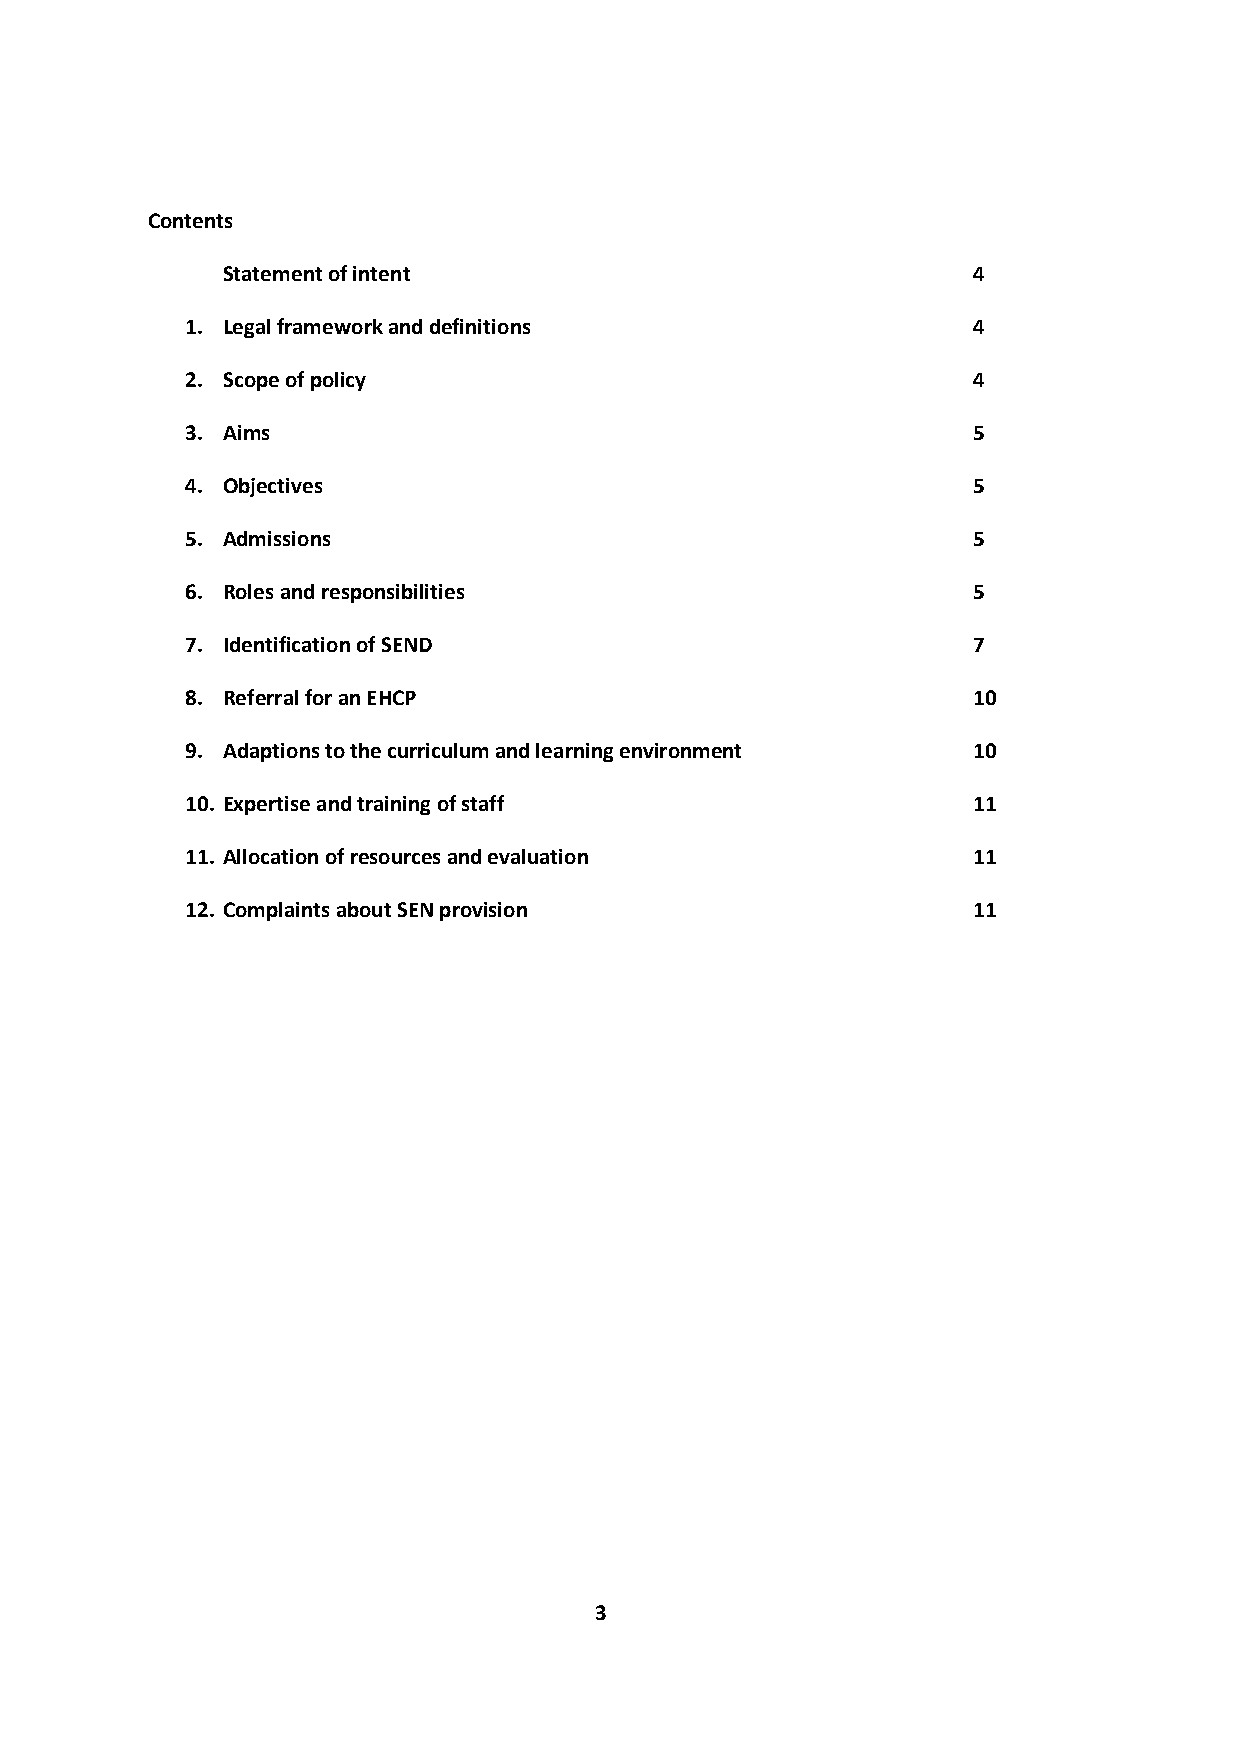
Contents
 Statement of intent                              4
 1. Legal framework and definitions                  4
 2. Scope of policy                                  4
 3. Aims                                             5
 4. Objectives                                       5
 5. Admissions                                       5
 6. Roles and responsibilities                       5
 7. Identification of SEND                           7
 8. Referral for an EHCP                             10
 9. Adaptions to the curriculum and learning environment 10
 10. Expertise and training of staff                 11
 11. Allocation of resources and evaluation          11
 12. Complaints about SEN provision                  11
 3